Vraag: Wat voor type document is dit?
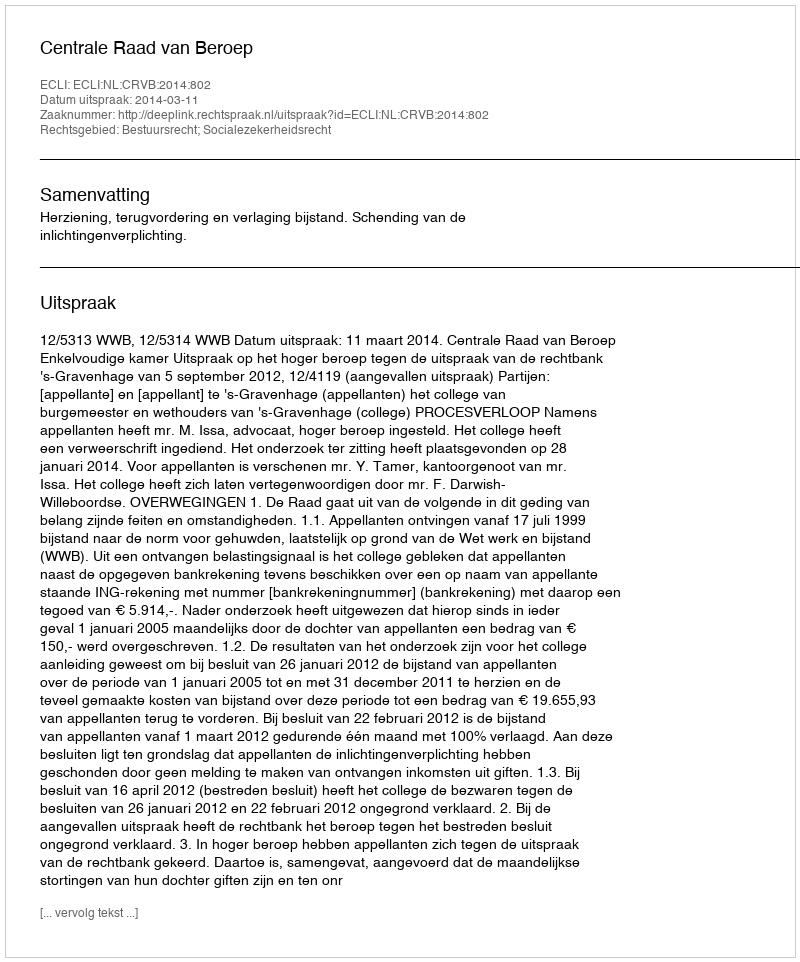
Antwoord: Uitspraak